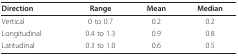
| Direction | Range | Mean | Median |
 | --- | --- | --- | --- |
 | Vertical | 0 to 0.7 | 0.2 | 0.2 |
 | Longitudinal | 0.4 to 1.3 | 0.9 | 0.8 |
 | Latitudinal | 0.3 to 1.0 | 0.6 | 0.5 |